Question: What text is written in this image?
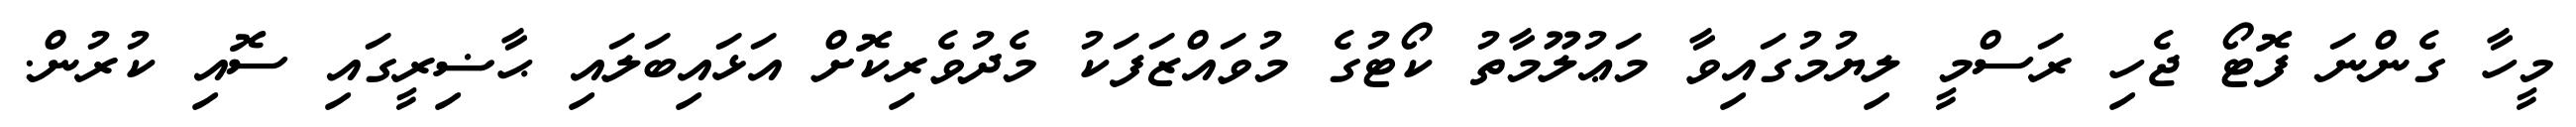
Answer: މީހާ ގެންނަ ފޮޓޯ ޖެހި ރަސްމީ ލިޔުމުގައިވާ މަޢުލޫމާތު ކޯޓުގެ މުވައްޒަފަކު މެދުވެރިކޮށް އަޅައިބަލައި ޙާޟިރީގައި ސޮއި ކުރުން.